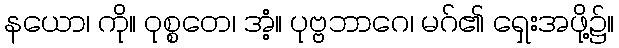
နယော၊ ကို။ ဝုစ္စတေ၊ အံ့။ ပုဗ္ဗဘာဂေ၊ မဂ်၏ ရှေးအဖို့၌။